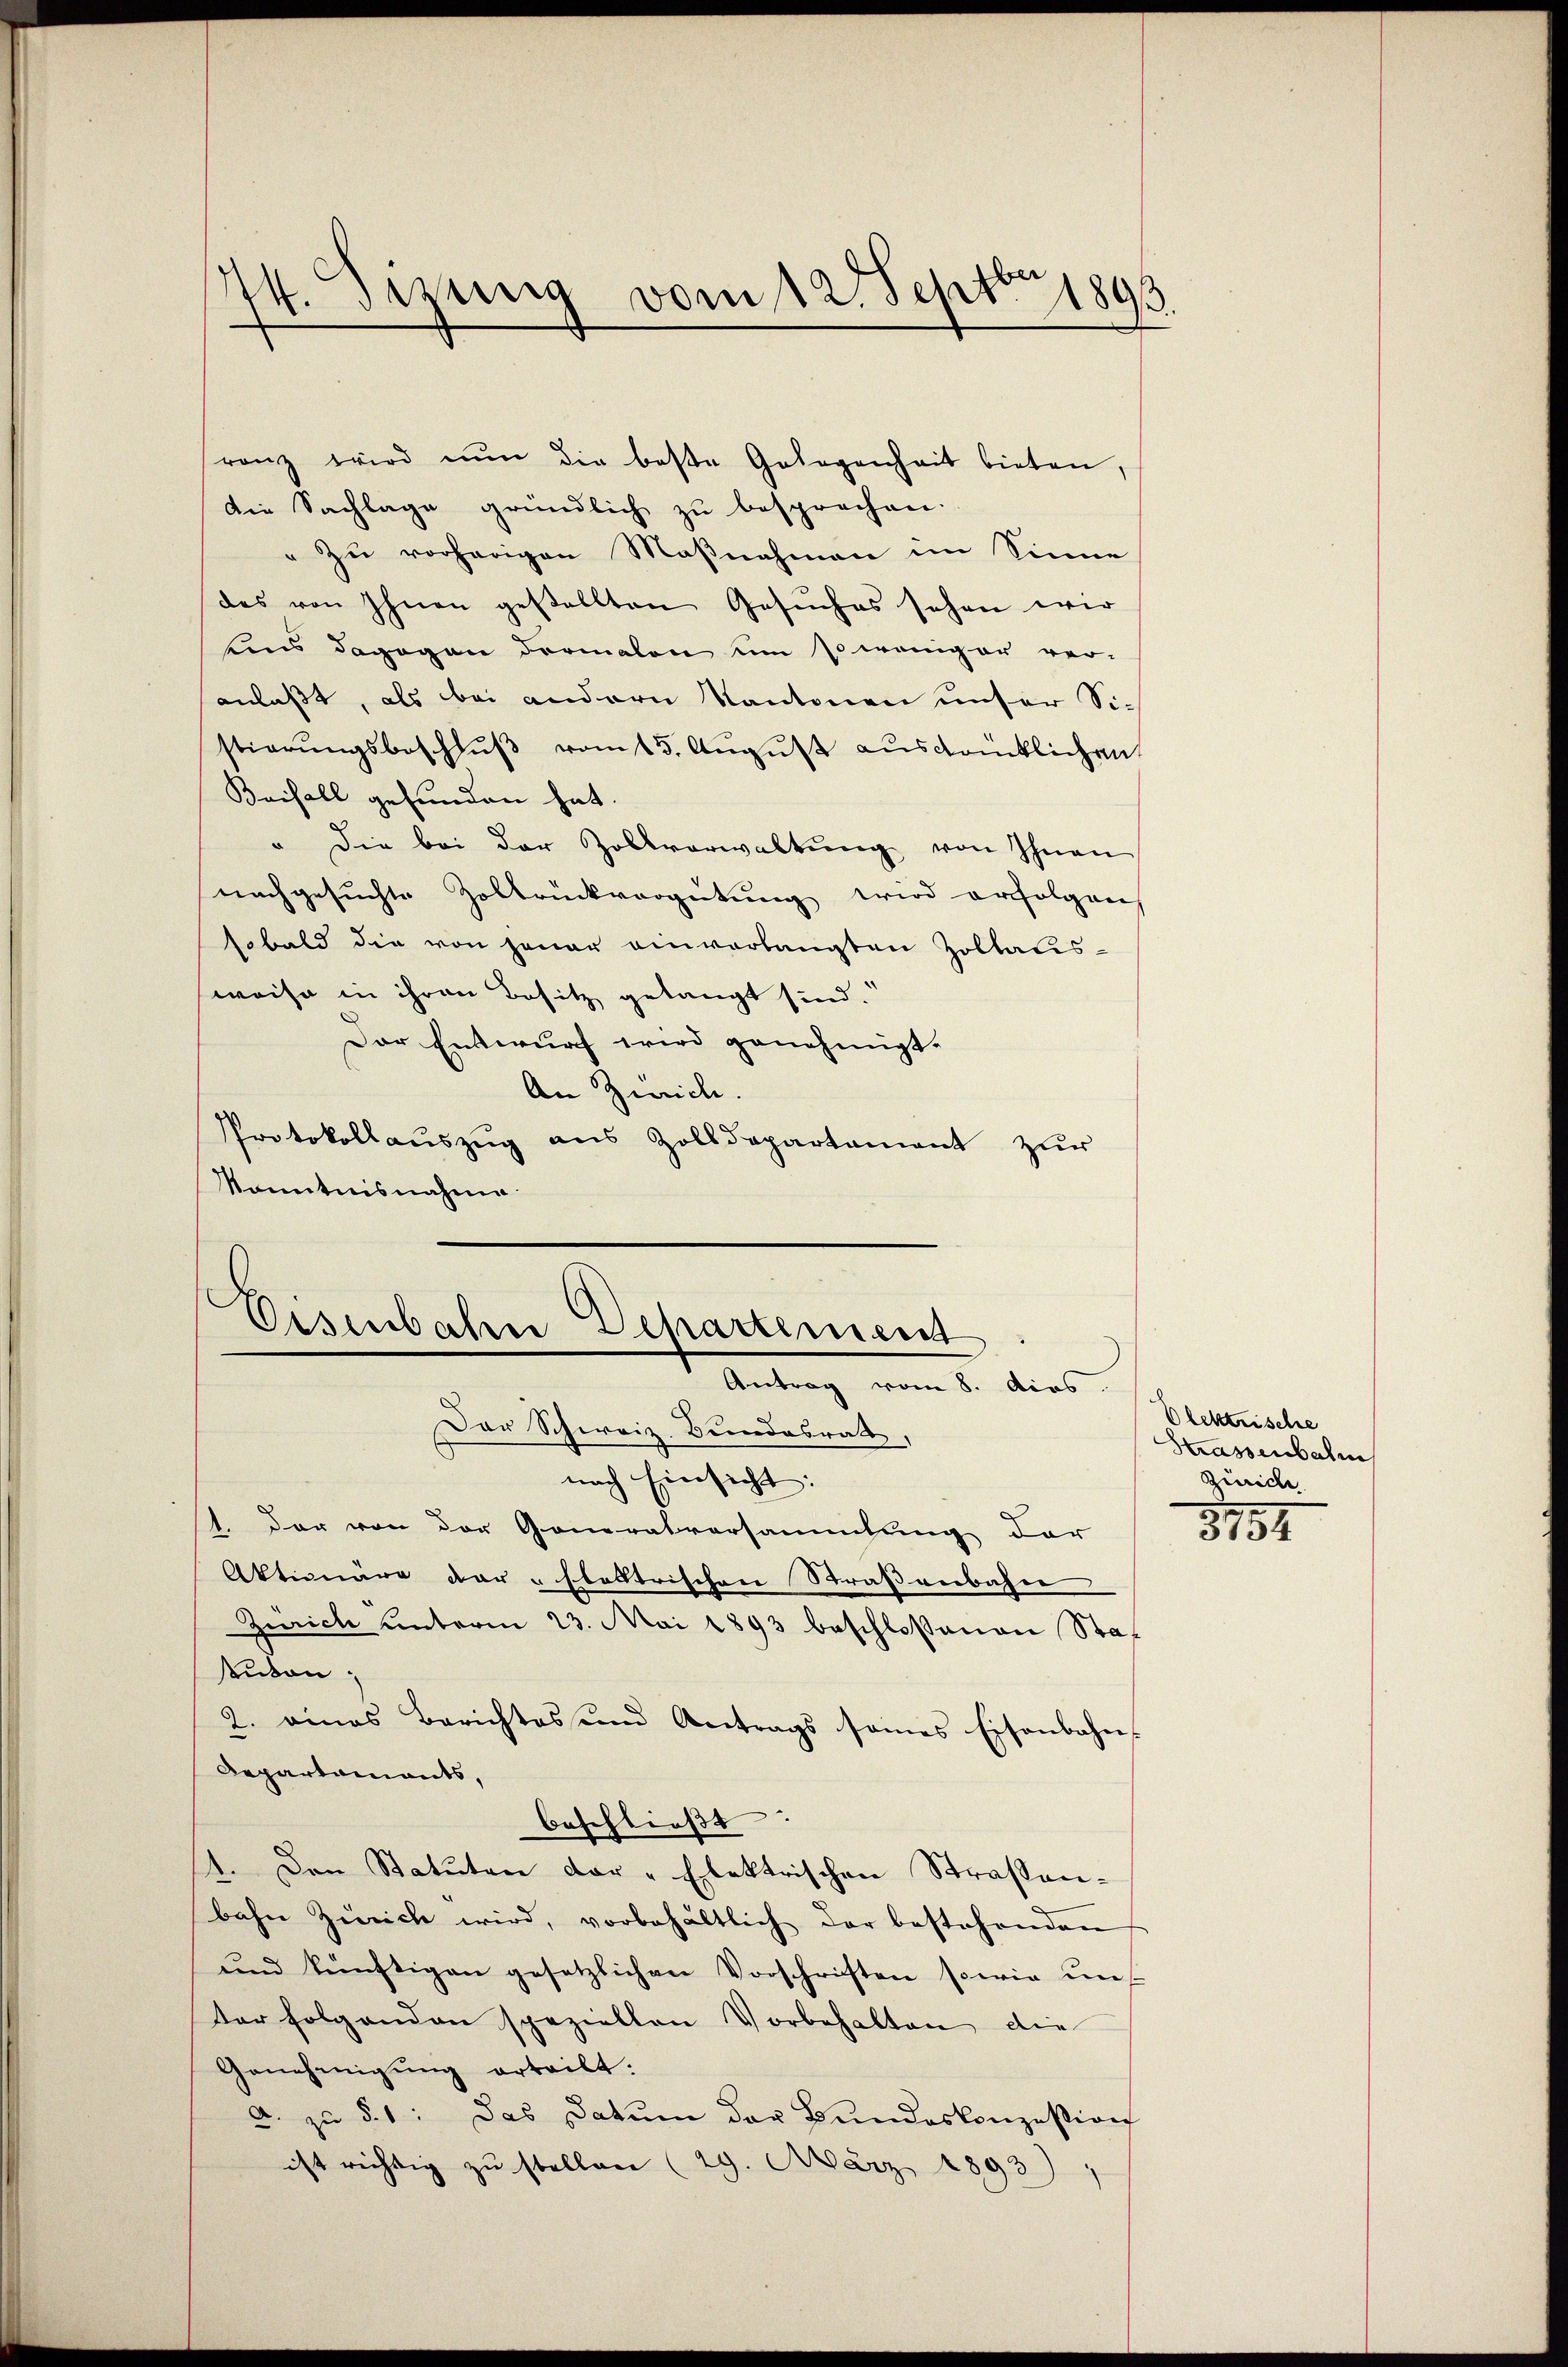
74. Sizung vom 12. Sept. 1893.

ranz wird nŭn die beste Gelegenheit bieten,
Die Sachlage gründlich zu besprechen.
"Zu vorherigen Maßnahmen im Sinne
des von Ihnen gestellten Gesŭches sehen wir
tens dagegen dormalen um so weniger ver-
anlaßt, als bei andern Kantonen unser Sistierŭngsbeschlŭβ vom 15. Aŭgŭst ausdrücklichen
Beifall gefunden hat.
" die bei der Zollverwaltŭng von Ihnen
nachgesuchte Zoldrückvergütung wird erfolgen,
sobald die von jener einverlangten Zollausweise in ihren Besitz gelangt sind.
Der Entwurf wird genehmigt.
An Zürich.
Protokollaŭszŭg ans Zolldepartament zŭr
Kenntnisnahme

.
Eisenbahn Departement
Antrag vom 8. dies

Der Schweiz. Bundesrath,
nach Einsicht:
1. Der von der Generatversammlung der
Aktionäre dar vflektrischen Straßenbahn
Zürich unterm 23. Mai 1893 beschloßenen Stat
suton;
2. eines Berichtes und Antrags sames Eisenbahn-
Departamants,
beschließt:
1. Den Statuten der „Elektrischen Straßenbahn Zürich wird, vorbehältlich der bestehenden
und künftigen gesetzlichen Vorschriften sowie uns
ter folgenden speziellen Vorbehalten die
Genehmigung erteilt.
a. zu § 1: Das Datum der Bundeskonzession
ist richtig zu stellen (29. März 1893)

Olektrische
Strassenbahn
Zürich
3154